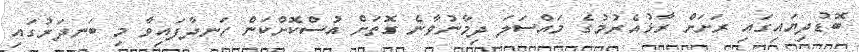
ބޮޑުދިޔައިގައި ރަށަށް ރާޅުއެރުމުގެ މައްސަލަ ދިމާނުވާނެ ގޮތަށް އުސްކޮށްކަން ހަނދާފައިވާ މި ބަނދަރުގައި